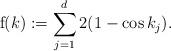
LaTeX: \begin{align*}\mathrm{f} (k):=\sum_{j=1}^{d}2(1-\cos k_j).\end{align*}